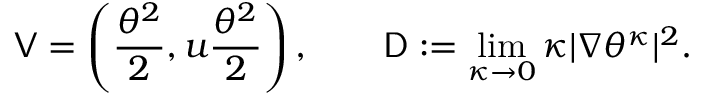
\mathsf { V } = \left( \frac { \theta ^ { 2 } } { 2 } , u \frac { \theta ^ { 2 } } { 2 } \right) , \qquad \mathsf { D } : = \operatorname* { l i m } _ { \kappa \to 0 } \kappa | \nabla \theta ^ { \kappa } | ^ { 2 } .